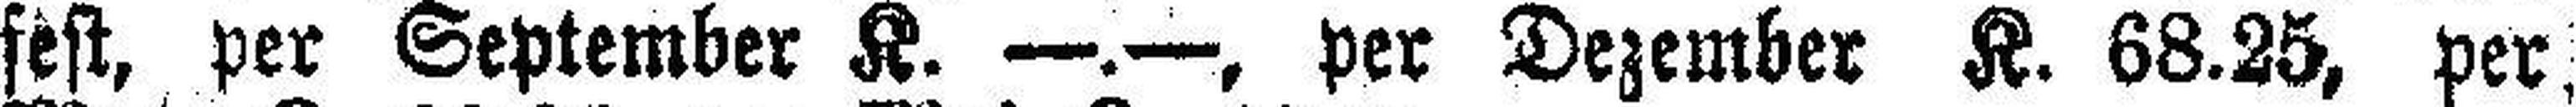
fest, per September K. —.—, per Dezember K. 68.25, per